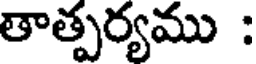
తాత్పర్యము :